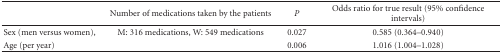
|  | Number of medications taken by the patients | P | Odds ratio for true result (95% confidence intervals) |
 | --- | --- | --- | --- |
 | Sex (men versus women), | M: 316 medications, W: 549 medications | 0.027 | 0.585 (0.364–0.940) |
 | Age (per year) |  | 0.006 | 1.016 (1.004–1.028) |